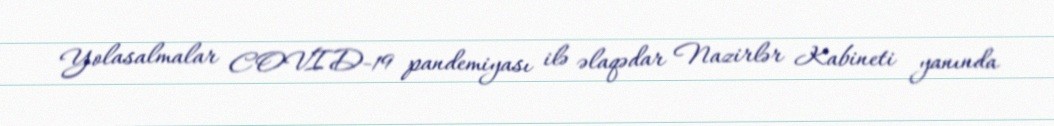
Yolasalmalar COVID-19 pandemiyası ilə əlaqədar Nazirlər Kabineti yanında